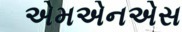
એમએનએસ